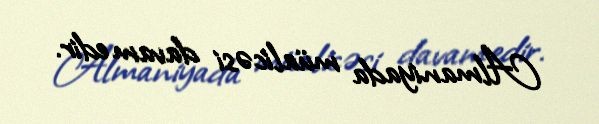
Almaniyada müalicəsi davam edir.